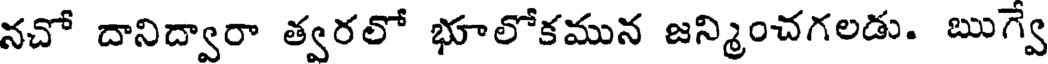
నచో దానిద్వారా త్వరలో భూలోకమున జన్మించగలడు. ఋగ్వే